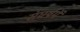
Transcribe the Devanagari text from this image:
संघर्षमें